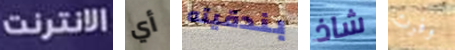
الانترنت أي بندقيته شاذ وفرت